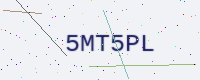
Text: 5MT5PL